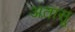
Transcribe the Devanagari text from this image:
अतासू